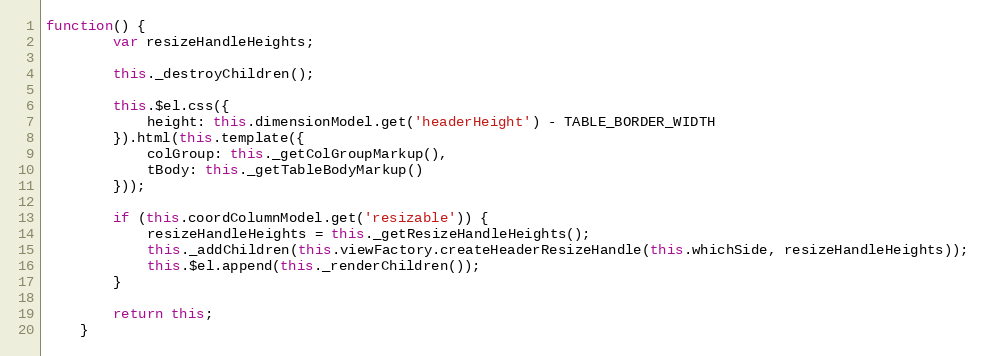
Language: JavaScript
function() {
        var resizeHandleHeights;

        this._destroyChildren();

        this.$el.css({
            height: this.dimensionModel.get('headerHeight') - TABLE_BORDER_WIDTH
        }).html(this.template({
            colGroup: this._getColGroupMarkup(),
            tBody: this._getTableBodyMarkup()
        }));

        if (this.coordColumnModel.get('resizable')) {
            resizeHandleHeights = this._getResizeHandleHeights();
            this._addChildren(this.viewFactory.createHeaderResizeHandle(this.whichSide, resizeHandleHeights));
            this.$el.append(this._renderChildren());
        }

        return this;
    }